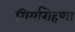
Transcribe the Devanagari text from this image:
गिर्यारोहणा